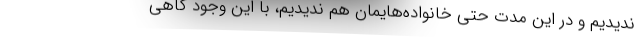
ندیدیم و در این مدت حتی خانواده‌هایمان هم ندیدیم، با این وجود گاهی